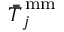
\bar { \bar { T } } _ { j } ^ { \, \mathrm { m m } }